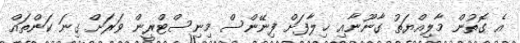
އެ ގޮތުން މާލިއްޔަތު ގާނޫނާއި ޚިލާފަށް ފިނޭންސް މިނިސްޓްރީން ވަރަށް ގިނަ ކަންތައް